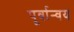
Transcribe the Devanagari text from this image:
पूर्वान्वय